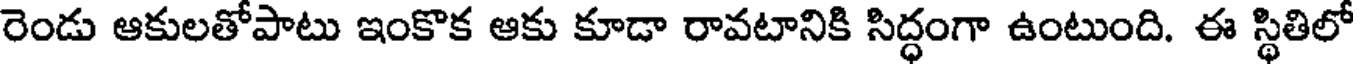
రెండు ఆకులతోపాటు ఇంకొక ఆకు కూడా రావటానికి సిద్ధంగా ఉంటుంది. ఈ స్థితిలో